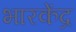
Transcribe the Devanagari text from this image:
भारकेंद्र